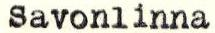
Savonlinna